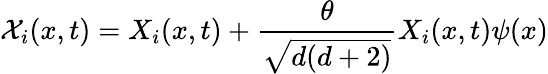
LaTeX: \mathcal{X}_{i}(x,t)=X_{i}(x,t)+\frac{\theta}{\sqrt{d(d+2)}}X_{i}(x,t)\psi(x)